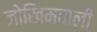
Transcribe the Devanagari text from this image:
जोखिमवाली